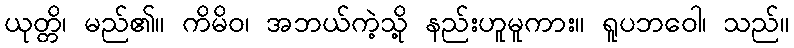
ယုတ္တိ၊ မည်၏။ ကိမိဝ၊ အဘယ်ကဲ့သို့ နည်းဟူမူကား။ ရူပဘဝေါ၊ သည်။